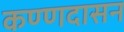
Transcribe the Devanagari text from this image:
कण्णदासन